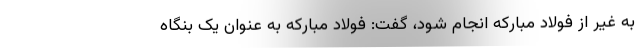
به غیر از فولاد مبارکه انجام شود، گفت: فولاد مبارکه به عنوان یک بنگاه